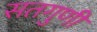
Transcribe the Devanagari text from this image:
सतगुणी